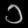
Digit: ၁